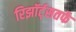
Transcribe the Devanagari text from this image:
रिझॉर्ट्‌सतर्फे